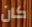
كان